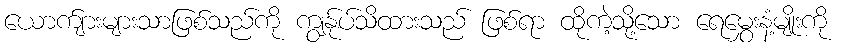
ယောက်ျားများသာဖြစ်သည်ကို ကျွန်ုပ်သိထားသည် ဖြစ်ရာ ထိုကဲ့သို့သော ရေမွှေးနံ့မျိုးကို